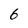
Character: b